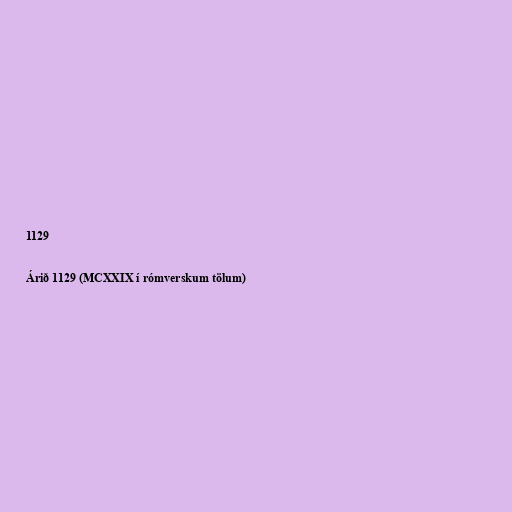
1129

Árið 1129 (MCXXIX í rómverskum tölum)